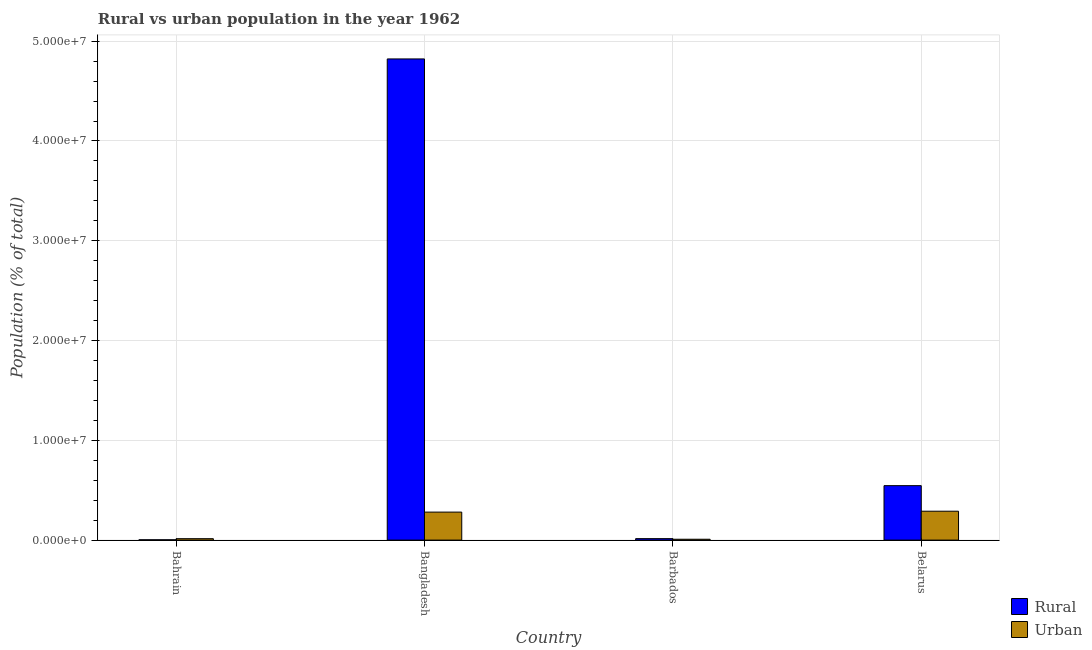
| Country | Rural | Urban |
 | --- | --- | --- |
 | Bahrain | 3.05e+04 | 1.43e+05 |
 | Bangladesh | 4.82e+07 | 2.81e+06 |
 | Barbados | 1.47e+05 | 8.59e+04 |
 | Belarus | 5.46e+06 | 2.9e+06 |